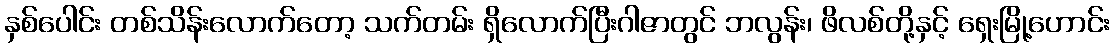
နှစ်ပေါင်း တစ်သိန်းလောက်တော့ သက်တမ်း ရှိလောက်ပြီးဂါဇာတွင် ဘလွန်း၊ ဖိလစ်တို့နှင့် ရှေးမြို့ဟောင်း